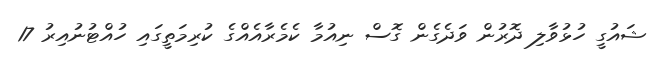
ޝައުގީ ހުޅުވާލި ދޮރުން ވަދެގެން ގޮސް ނިއުމާ ކެމެރާއެއްގެ ކުރިމަތީގައި ހުއްޓުނުއިރު 17